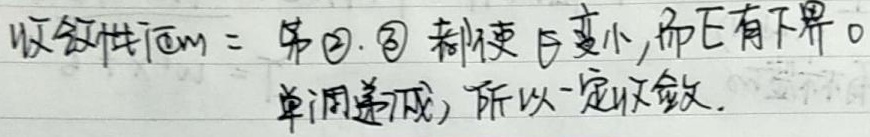
收敛性证明：第\textcircled{2}。因都使变小，而且有下界。单调递减，所以一定收敛。